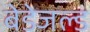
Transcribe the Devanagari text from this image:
बेडेजल्ड